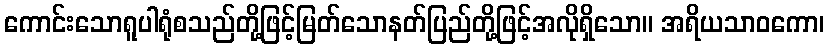
ကောင်းသောရူပါရုံစသည်တို့ဖြင့်မြတ်သောနတ်ပြည်တို့ဖြင့်အလိုရှိသော။ အရိယသာဝကော၊